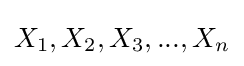
X_{1},X_{2},X_{3},...,X_{n}